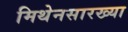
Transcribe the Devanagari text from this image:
मिथेनसारख्या